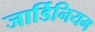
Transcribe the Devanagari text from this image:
जार्डिनियम